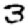
Digit: 3